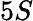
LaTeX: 5S